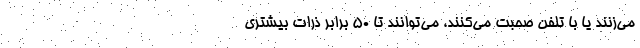
می‌زنند یا با تلفن صحبت می‌کنند، می‌توانند تا ۵۰ برابر ذرات بیشتری